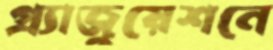
গ্র্যাজুয়েশনে